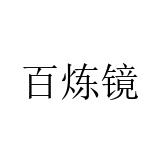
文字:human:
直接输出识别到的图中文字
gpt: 百炼镜